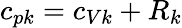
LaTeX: c_{pk}=c_{Vk}+R_{k}